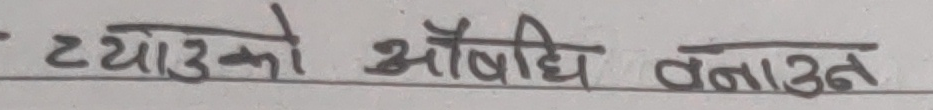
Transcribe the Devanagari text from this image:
ट्याउको औषधि बनाउन